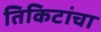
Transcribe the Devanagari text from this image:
तिकिटांचा